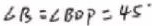
\angle B = \angle B D P = 4 5 ^ { \circ }